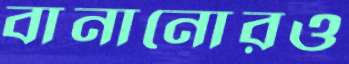
বানানোরও